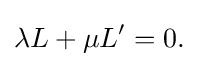
\lambda L+\mu L^{\prime }=0.\